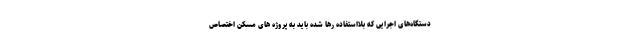
دستگاه‌های اجرایی که بلااستفاده رها شده باید به پروژه های مسکن اختصاص